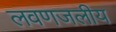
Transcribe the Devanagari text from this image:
लवणजलीय